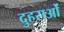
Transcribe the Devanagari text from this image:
दुहराओं